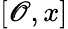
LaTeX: [\mathscr{O},x]